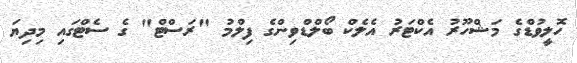
ހޮލީވުޑްގެ މަޝްހޫރު އެކްޓަރު އެލެކް ބޯލްޑްވިންގެ ފިލްމު "ރަސްޓް" ގެ ސެޓްގައި މިދިޔަ